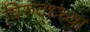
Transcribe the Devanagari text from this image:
विरुद्ध्च्या